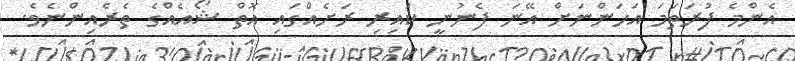
އެންމެ ފުރަތަމަ އަހަންނަށް އޭނަ ފެނުނީ ކައިރި ރަށެއްގައި އޮތް ޝޯއެއްގެ ތެރެއިންނެވެ.